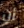
أن